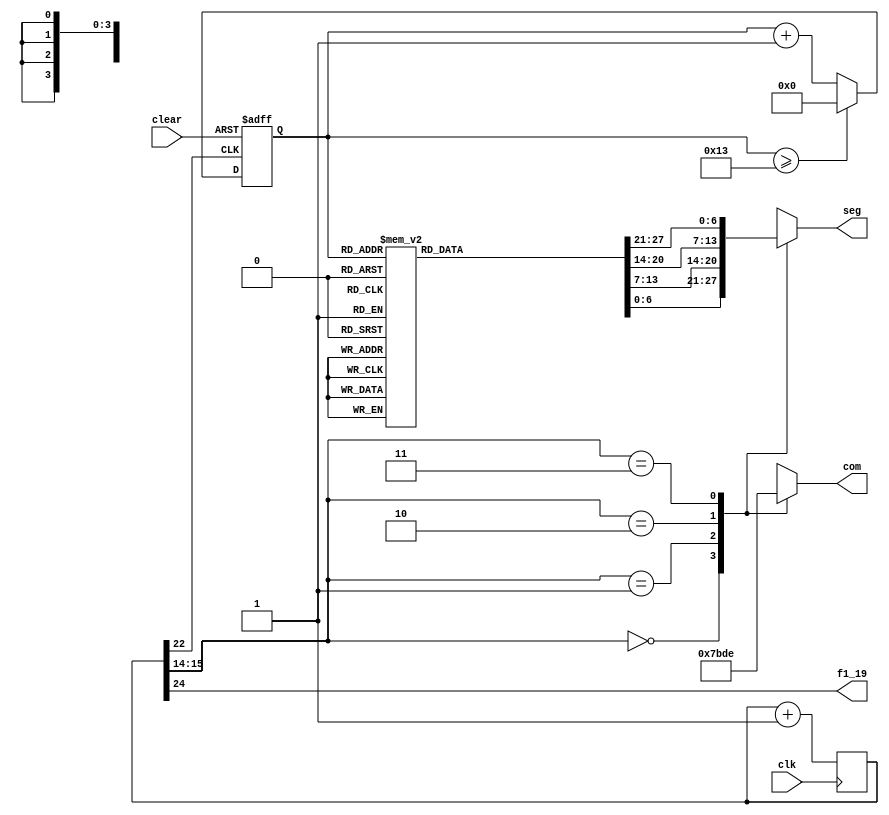
module snake (
	input clk,clear,
	output f1_19,
	output reg[6:0] seg,
	output reg[3:0] com
	);
reg[24:0] dly;
reg[6:0]seg1,seg2,seg3,seg4;
reg[4:0] cnt;

always@ (posedge clk) dly<=dly+1'b1;
assign f1_19=dly[24];


always@(posedge dly[22],negedge clear)
if(!clear) cnt<=5'd0;
else if(cnt>=5'd 19)cnt<=5'd0;else cnt<=cnt+1'd1;


always@(*)
case(cnt)
5'd0 :begin seg1=7'b100_0000;seg2=7'b100_0000;seg3=7'b100_0000;seg4=7'b000_0000;end
5'd1 :begin seg1=7'b000_0000;seg2=7'b100_0000;seg3=7'b100_0000;seg4=7'b100_0000;end
5'd2 :begin seg1=7'b000_0000;seg2=7'b000_0000;seg3=7'b100_0000;seg4=7'b110_0000;end
5'd3 :begin seg1=7'b000_0000;seg2=7'b000_0000;seg3=7'b000_0000;seg4=7'b110_0001;end
5'd4 :begin seg1=7'b000_0000;seg2=7'b000_0000;seg3=7'b000_0001;seg4=7'b010_0001;end
5'd5 :begin seg1=7'b000_0000;seg2=7'b000_0001;seg3=7'b000_0001;seg4=7'b000_0001;end
5'd6 :begin seg1=7'b000_0001;seg2=7'b000_0001;seg3=7'b000_0001;seg4=7'b000_0000;end
5'd7 :begin seg1=7'b000_0101;seg2=7'b000_0001;seg3=7'b000_0000;seg4=7'b000_0000;end
5'd8 :begin seg1=7'b000_1101;seg2=7'b000_0000;seg3=7'b000_0000;seg4=7'b000_0000;end
5'd9 :begin seg1=7'b000_1100;seg2=7'b000_1000;seg3=7'b000_0000;seg4=7'b000_0000;end
5'd10:begin seg1=7'b000_1000;seg2=7'b000_1000;seg3=7'b000_1000;seg4=7'b000_0000;end
5'd11:begin seg1=7'b000_0000;seg2=7'b000_1000;seg3=7'b000_1000;seg4=7'b000_1000;end
5'd12:begin seg1=7'b000_0000;seg2=7'b000_0000;seg3=7'b000_1000;seg4=7'b001_1000;end
5'd13:begin seg1=7'b000_0000;seg2=7'b000_0000;seg3=7'b000_0000;seg4=7'b001_1001;end
5'd14:begin seg1=7'b000_0000;seg2=7'b000_0000;seg3=7'b000_0001;seg4=7'b001_0001;end
5'd15:begin seg1=7'b000_0000;seg2=7'b000_0001;seg3=7'b000_0001;seg4=7'b000_0001;end
5'd16:begin seg1=7'b000_0001;seg2=7'b000_0001;seg3=7'b000_0001;seg4=7'b000_0000;end
5'd17:begin seg1=7'b000_0011;seg2=7'b000_0001;seg3=7'b000_0000;seg4=7'b000_0000;end
5'd18:begin seg1=7'b100_0011;seg2=7'b000_0000;seg3=7'b000_0000;seg4=7'b000_0000;end
5'd19:begin seg1=7'b100_0010;seg2=7'b100_0000;seg3=7'b000_0000;seg4=7'b000_0000;end
default:begin seg1=7'h0;seg2=7'h0;seg3=7'h0;seg4=7'h0;end
endcase


always@(*)
case(dly[15:14])
2'd0:begin com=4'b0111;seg=seg1;end
2'd1:begin com=4'b1011;seg=seg2;end
2'd2:begin com=4'b1101;seg=seg3;end
2'd3:begin com=4'b1110;seg=seg4;end
endcase

endmodule